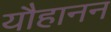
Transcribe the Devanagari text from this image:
यौहानन